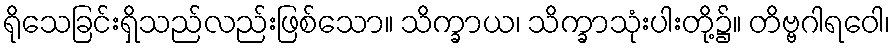
ရိုသေခြင်းရှိသည်လည်းဖြစ်သော။ သိက္ခာယ၊ သိက္ခာသုံးပါးတို့၌။ တိဗ္ဗဂါရဝေါ၊